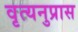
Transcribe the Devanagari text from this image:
वृत्यनुप्रास